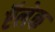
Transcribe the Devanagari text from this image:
ऍलेक